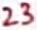
Text: 23